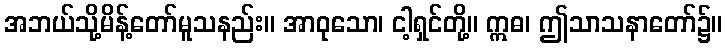
အဘယ်သို့မိန့်တော်မူသနည်း။ အာဝုသော၊ ငါ့ရှင်တို့။ ဣဓ၊ ဤသာသနာတော်၌။